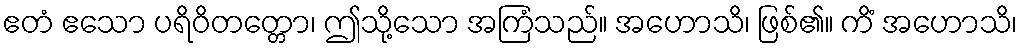
ဧတံ ဧသော ပရိဝိတတ္တော၊ ဤသို့သော အကြံသည်။ အဟောသိ၊ ဖြစ်၏။ ကိံ အဟောသိ၊